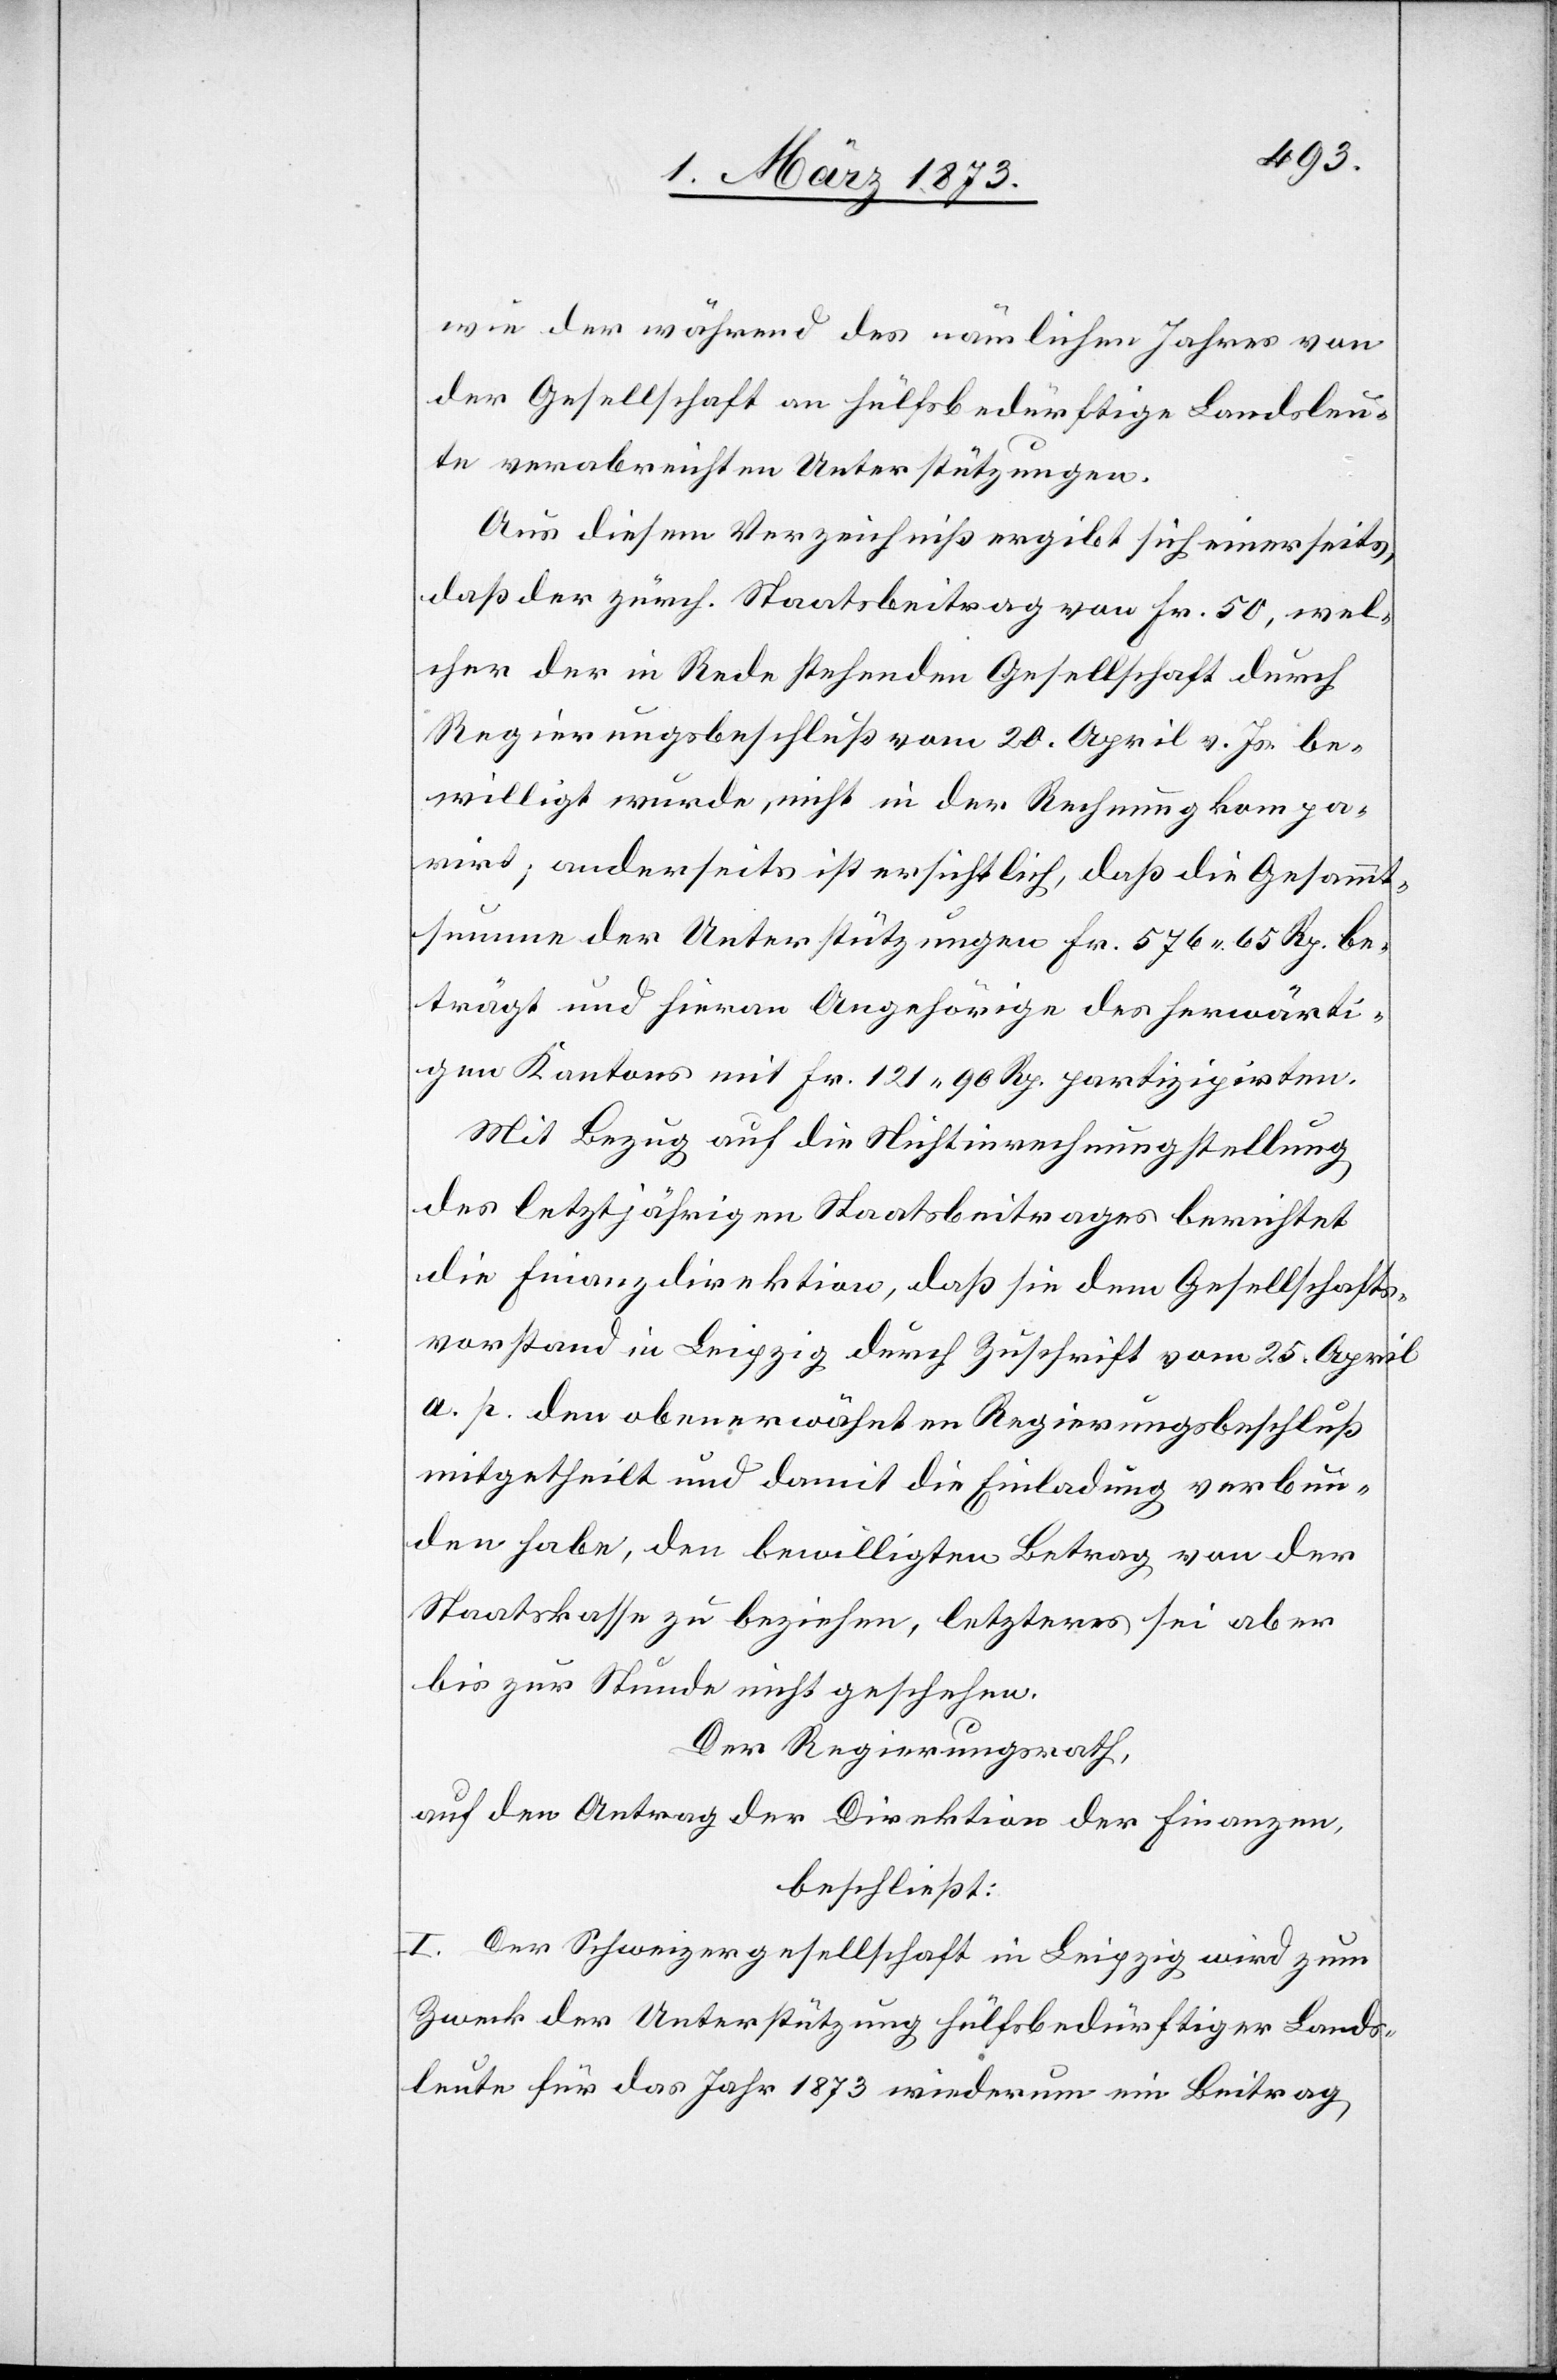
wie der während des nämlichen Jahres von
der Gesellschaft an Hülfsbedürftige Landsleu¬
te verabreichten Unterstützungen.
Aus diesem Verzeichniß ergibt sich einerseits,
daß der zürch. Staatsbeitrag von Fr. 50, wel¬
cher der in Rede stehenden Gesellschaft durch
Regierungsbeschluß vom 20. April v. Js. be¬
willigt wurde, nicht in der Rechnung kompa¬
rirt; anderseits ist ersichtlich, daß die Gesammt¬
summe der Unterstützungen Fr. 576.65 Rp. be¬
trägt und hieran Angehörige des herwärti¬
gen Kantons mit Fr. 121.90 Rp. partizipirten.
Mit Bezug auf die Nichtinrechnungstellung
des letztjährigen Staatsbeitrages berichtet
die Finanzdirektion, daß sie dem Gesellschafts¬
vorstand in Leipzig durch Zuschrift vom 25. April
a. p. den obenerwähnten Regierungsbeschluß
mitgetheilt und damit die Einladung verbun¬
den habe, den bewilligten Betrag von der
Staatskasse zu beziehen, letzteres sei aber
bis zu Stunde nicht geschehen.
Der Regierungsrath,
auf den Antrag der Direktion der Finanzen,
beschließt:
I. Der Schweizergesellschaft in Leipzig wird zum
Zweck der Unterstützung Hülfsbedürftiger Lands¬
leute für das Jahr 1873 wiederum ein Beitrag